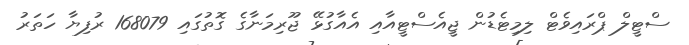
ސްޓީލް ޕްރައިވެޓް ލިމިޓެޑުން ޖީއެސްޓީއާއި އެއާގުޅޭ ޖޫރިމަނާގެ ގޮތުގައި 168079 ރުފިޔާ ހަތަރު